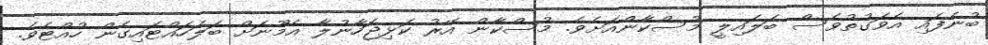
ބުނެފައި އެވަގުތުވެސް ބަލައިލީ މުސްކާންއަށެވެ. މުސްކާން އޭރު ކަޅިޖަހާނުލާ އެމޫނަށް ބަލަހައްޓައިގެން ހުއްޓެވެ.